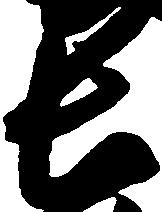
長